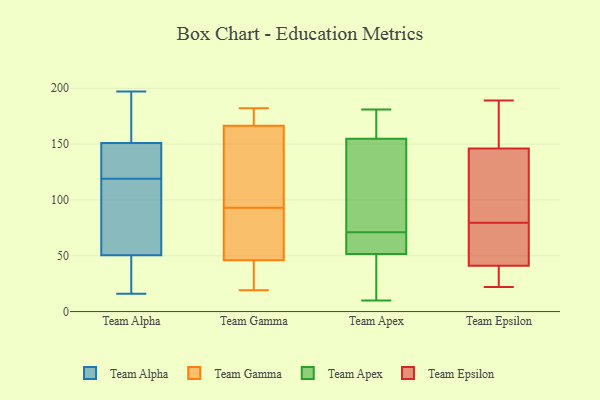
{"axis": {"x": "Market Share (%)", "y": "Value"}, "legend": ["Team Alpha", "Team Apex", "Team Epsilon", "Team Gamma"], "data": [{"x": "", "y": 16, "type": "Team Alpha"}, {"x": "", "y": 62, "type": "Team Alpha"}, {"x": "", "y": 27, "type": "Team Alpha"}, {"x": "", "y": 197, "type": "Team Alpha"}, {"x": "", "y": 127, "type": "Team Alpha"}, {"x": "", "y": 136, "type": "Team Alpha"}, {"x": "", "y": 129, "type": "Team Alpha"}, {"x": "", "y": 187, "type": "Team Alpha"}, {"x": "", "y": 193, "type": "Team Alpha"}, {"x": "", "y": 92, "type": "Team Alpha"}, {"x": "", "y": 19, "type": "Team Alpha"}, {"x": "", "y": 150, "type": "Team Alpha"}, {"x": "", "y": 104, "type": "Team Alpha"}, {"x": "", "y": 152, "type": "Team Alpha"}, {"x": "", "y": 111, "type": "Team Alpha"}, {"x": "", "y": 39, "type": "Team Alpha"}, {"x": "", "y": 55, "type": "Team Gamma"}, {"x": "", "y": 178, "type": "Team Gamma"}, {"x": "", "y": 168, "type": "Team Gamma"}, {"x": "", "y": 182, "type": "Team Gamma"}, {"x": "", "y": 170, "type": "Team Gamma"}, {"x": "", "y": 32, "type": "Team Gamma"}, {"x": "", "y": 71, "type": "Team Gamma"}, {"x": "", "y": 19, "type": "Team Gamma"}, {"x": "", "y": 117, "type": "Team Gamma"}, {"x": "", "y": 162, "type": "Team Gamma"}, {"x": "", "y": 43, "type": "Team Gamma"}, {"x": "", "y": 93, "type": "Team Gamma"}, {"x": "", "y": 98, "type": "Team Gamma"}, {"x": "", "y": 72, "type": "Team Gamma"}, {"x": "", "y": 24, "type": "Team Gamma"}, {"x": "", "y": 53, "type": "Team Apex"}, {"x": "", "y": 51, "type": "Team Apex"}, {"x": "", "y": 67, "type": "Team Apex"}, {"x": "", "y": 71, "type": "Team Apex"}, {"x": "", "y": 151, "type": "Team Apex"}, {"x": "", "y": 181, "type": "Team Apex"}, {"x": "", "y": 38, "type": "Team Apex"}, {"x": "", "y": 111, "type": "Team Apex"}, {"x": "", "y": 10, "type": "Team Apex"}, {"x": "", "y": 156, "type": "Team Apex"}, {"x": "", "y": 172, "type": "Team Apex"}, {"x": "", "y": 147, "type": "Team Epsilon"}, {"x": "", "y": 22, "type": "Team Epsilon"}, {"x": "", "y": 60, "type": "Team Epsilon"}, {"x": "", "y": 99, "type": "Team Epsilon"}, {"x": "", "y": 41, "type": "Team Epsilon"}, {"x": "", "y": 50, "type": "Team Epsilon"}, {"x": "", "y": 27, "type": "Team Epsilon"}, {"x": "", "y": 126, "type": "Team Epsilon"}, {"x": "", "y": 146, "type": "Team Epsilon"}, {"x": "", "y": 189, "type": "Team Epsilon"}, {"x": "", "y": 26, "type": "Team Epsilon"}, {"x": "", "y": 143, "type": "Team Epsilon"}, {"x": "", "y": 51, "type": "Team Epsilon"}, {"x": "", "y": 175, "type": "Team Epsilon"}]}